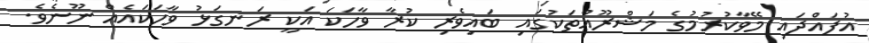
އުފައްދައި މޭވާކުރުމުގެ މަޝްރޫޢްތަކުގައި ބައިވެރި ކުރާ ވާހަކަ އަކީ ރަނގަޅު ވާހަކައެއް ނޫނެވެ.